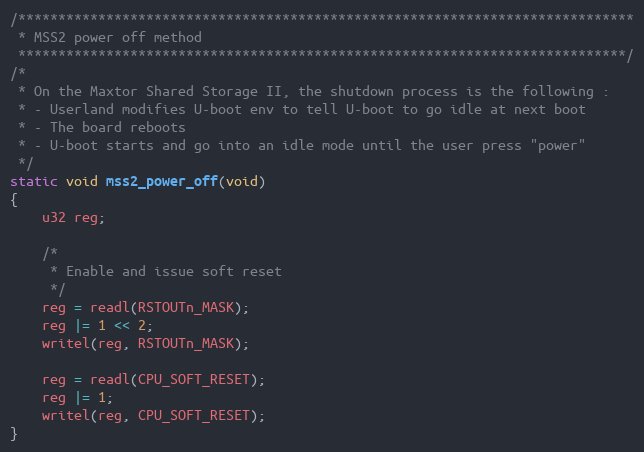
Language: C
/*****************************************************************************
 * MSS2 power off method
 ****************************************************************************/
/*
 * On the Maxtor Shared Storage II, the shutdown process is the following :
 * - Userland modifies U-boot env to tell U-boot to go idle at next boot
 * - The board reboots
 * - U-boot starts and go into an idle mode until the user press "power"
 */
static void mss2_power_off(void)
{
	u32 reg;

	/*
	 * Enable and issue soft reset
	 */
	reg = readl(RSTOUTn_MASK);
	reg |= 1 << 2;
	writel(reg, RSTOUTn_MASK);

	reg = readl(CPU_SOFT_RESET);
	reg |= 1;
	writel(reg, CPU_SOFT_RESET);
}